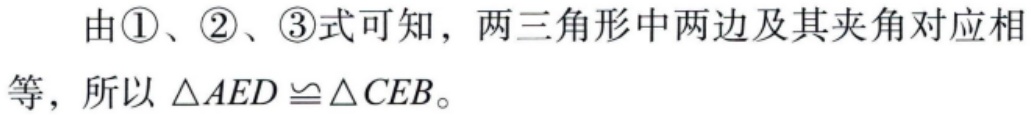
由\textcircled{1}、\textcircled{2}、\textcircled{3}式可知，两三角形中两边及其夹角对应相等，所以 \(\triangle AED\cong\triangle CEB\)。